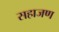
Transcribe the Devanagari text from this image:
सहाजण